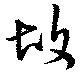
故